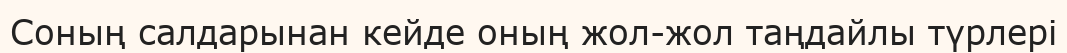
Соның салдарынан кейде оның жол-жол таңдайлы түрлері